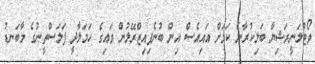
ވޯޓުލަނީރަޝިޔާ ބަލިކުރާނެ ކަމަށް އައިއެސް އިން ބުނެފިއިޒްރޭލުން ވައިގެ ހަމަލާދީ ފަލަސްތީނުގެ މާބަނޑު